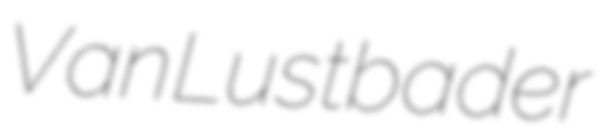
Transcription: Van Lustbader